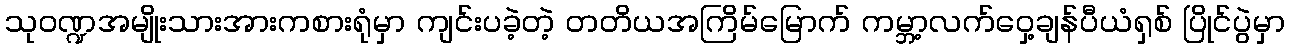
သုဝဏ္ဍအမျိုးသားအားကစားရုံမှာ ကျင်းပခဲ့တဲ့ တတိယအကြိမ်မြောက် ကမ္ဘာ့လက်ဝှေ့ချန်ပီယံရှစ် ပြိုင်ပွဲမှာ